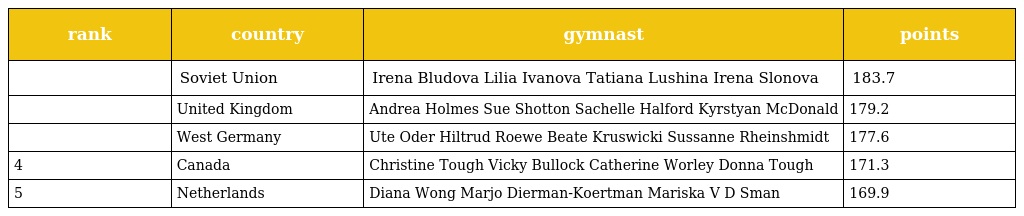
| rank | country | gymnast | points |
 | --- | --- | --- | --- |
 |  | Soviet Union | Irena Bludova Lilia Ivanova Tatiana Lushina Irena Slonova | 183.7 |
 |  | United Kingdom | Andrea Holmes Sue Shotton Sachelle Halford Kyrstyan McDonald | 179.2 |
 |  | West Germany | Ute Oder Hiltrud Roewe Beate Kruswicki Sussanne Rheinshmidt | 177.6 |
 | 4 | Canada | Christine Tough Vicky Bullock Catherine Worley Donna Tough | 171.3 |
 | 5 | Netherlands | Diana Wong Marjo Dierman-Koertman Mariska V D Sman | 169.9 |